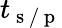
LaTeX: t_{\mathrm{~s~}/\mathrm{~p~}}